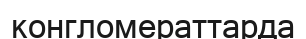
конгломераттарда